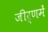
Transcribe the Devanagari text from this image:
जीर्णमें